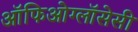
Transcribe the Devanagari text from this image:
ऑफिओग्लॉसेसी